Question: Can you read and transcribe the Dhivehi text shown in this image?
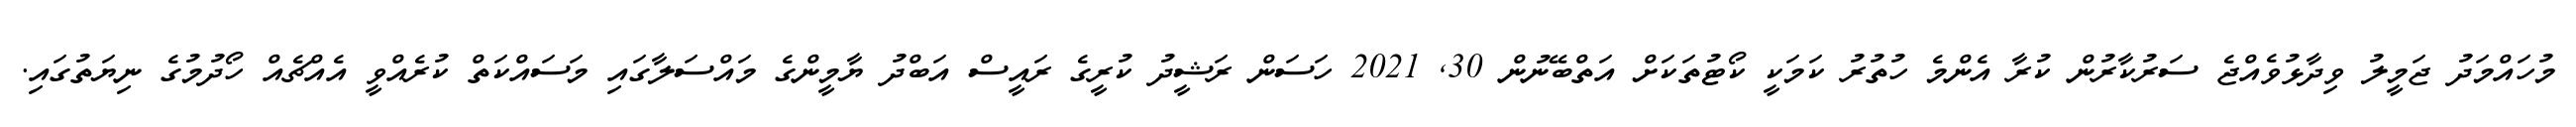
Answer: މުހައްމަދު ޖަމީލު ވިދާޅުވެއްޖެ ސަރުކާރުން ކުރާ އެންމެ ހުތުރު ކަމަކީ ކޯޓުތަކަށް އަތްބޭނުން 30, 2021 ހަސަން ރަޝީދު ކުރީގެ ރައީސް އަބްދު ޔާމީންގެ މައްސަލާގައި މަސައްކަތް ކުރެއްވީ އެއްޗެއް ހޯދުމުގެ ނިޔަތުގައި.